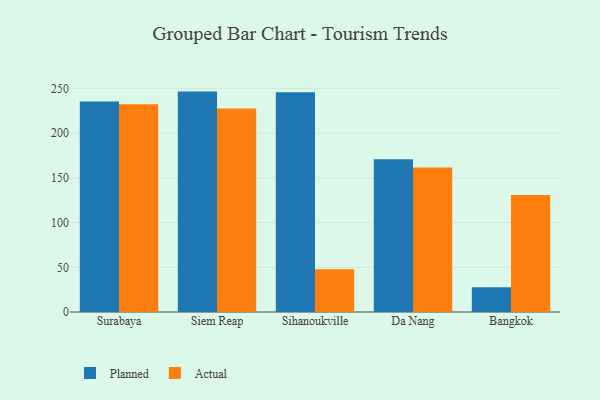
{"axis": {"x": "City", "y": "Energy Usage (MWh)"}, "legend": ["Actual", "Planned"], "data": [{"x": "Surabaya", "y": 235.4, "type": "Planned"}, {"x": "Surabaya", "y": 232.4, "type": "Actual"}, {"x": "Siem Reap", "y": 246.6, "type": "Planned"}, {"x": "Siem Reap", "y": 227.8, "type": "Actual"}, {"x": "Sihanoukville", "y": 246.0, "type": "Planned"}, {"x": "Sihanoukville", "y": 47.9, "type": "Actual"}, {"x": "Da Nang", "y": 170.8, "type": "Planned"}, {"x": "Da Nang", "y": 161.6, "type": "Actual"}, {"x": "Bangkok", "y": 27.7, "type": "Planned"}, {"x": "Bangkok", "y": 130.8, "type": "Actual"}]}